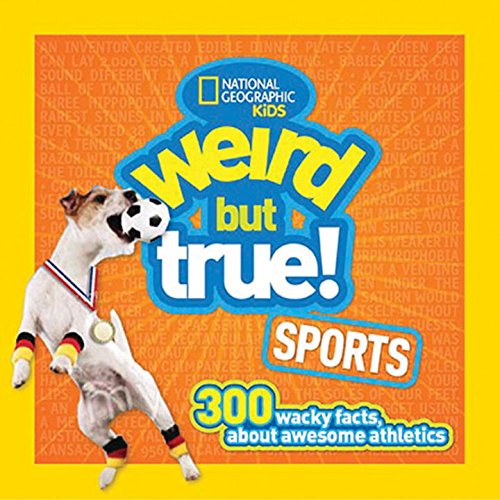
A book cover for Weird but True Sports; National Geographic Kids; Children's Books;